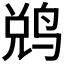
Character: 𬸑